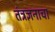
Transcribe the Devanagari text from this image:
तंत्रज्ञनाचा